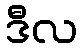
ဒီလ